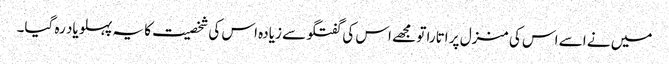
میں نے اسے اس کی منزل پر اتارا تو مجھے اس کی گفتگو سے زیادہ اس کی شخصیت کا یہ پہلو یاد رہ گیا۔